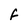
Character: F